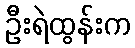
ဦးရဲထွန်းက